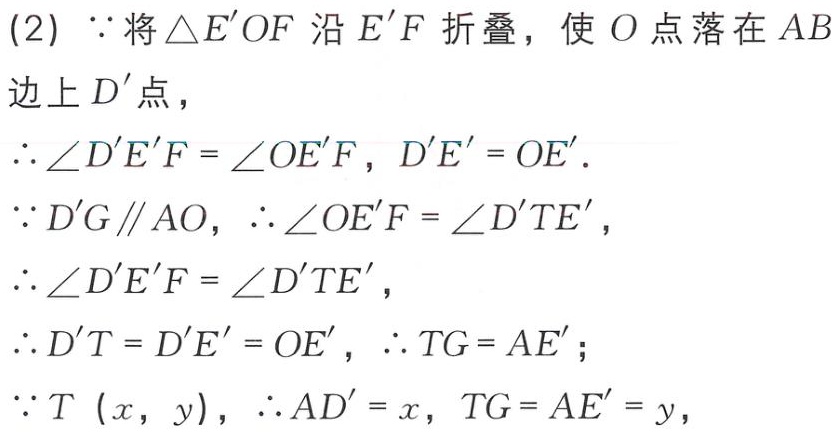
(2) \(\because\)将\(\triangle E'OF\)沿\(E'F\)折叠，使\(O\)点落在\(AB\)边上\(D'\)点，
\(\therefore\angle D'E'F = \angle OE'F\)，\(D'E' = OE'\).
\(\because D'G\parallel AO\)，\(\therefore\angle OE'F = \angle D'TE'\)，
\(\therefore\angle D'E'F = \angle D'TE'\)，
\(\therefore D'T = D'E' = OE'\)，\(\therefore TG = AE'\)；
\(\because T\ (x,\ y)\)，\(\therefore AD' = x\)，\(TG = AE' = y\)，